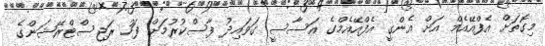
މިގޮތަށް އެފްއޭއެމް އަށް އެންގީ އެފްއޭއެމްގެ އަސާސީ ގަވައިދު ފާސްކުރުމަށް ފަހު ރަޖިސްޓްރޭޝަންގެ